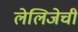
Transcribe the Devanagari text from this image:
लेलिजेची